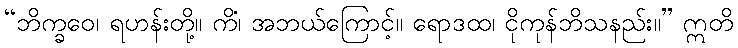
“ဘိက္ခဝေ၊ ရဟန်းတို့။ ကိံ၊ အဘယ်ကြောင့်။ ရောဒထ၊ ငိုကုန်ဘိသနည်း။” ဣတိ